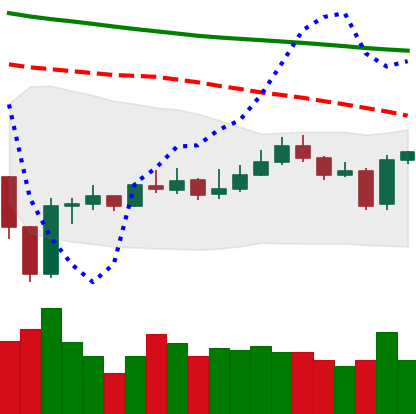
Ticker: EOS-USD
Chart end date: 2020-01-04
Forward return: 3.592%
Label: up_3_5